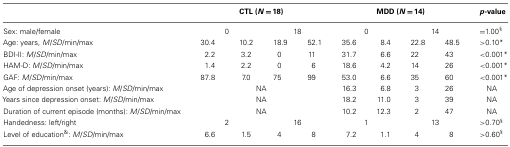
|  | <COLSPAN=4> CTL (N = 18) | <COLSPAN=4> MDD (N = 14) | p-value |
 | --- | --- | --- | --- | --- | --- | --- | --- | --- | --- |
 | Sex: male/female | <COLSPAN=2> 0 | <COLSPAN=2> 18 | <COLSPAN=2> 0 | <COLSPAN=2> 14 | =1.00§ |
 | Age: years, M/SD/min/max | 30.4 | 10.2 | 18.9 | 52.1 | 35.6 | 8.4 | 22.8 | 48.5 | >0.10* |
 | BDI-II: M/SD/min/max | 2.2 | 3.2 | 0 | 11 | 31.7 | 6.6 | 22 | 43 | <0.001* |
 | HAM-D: M/SD/min/max | 1.4 | 2.2 | 0 | 6 | 18.6 | 4.2 | 14 | 26 | <0.001* |
 | GAF: M/SD/min/max | 87.8 | 7.0 | 75 | 99 | 53.0 | 6.6 | 35 | 60 | <0.001* |
 | Age of depression onset (years): M/SD/min/max | <COLSPAN=4> NA | 16.3 | 6.8 | 3 | 26 | NA |
 | Years since depression onset: M/SD/min/max | <COLSPAN=4> NA | 18.2 | 11.0 | 3 | 39 | NA |
 | Duration of current episode (months): M/SD/min/max | <COLSPAN=4> NA | 10.2 | 12.3 | 2 | 47 | NA |
 | Handedness: left/right | <COLSPAN=2> 2 | <COLSPAN=2> 16 | <COLSPAN=2> 1 | <COLSPAN=2> 13 | >0.70§ |
 | Level of education&: M/SD/min/max | 6.6 | 1.5 | 4 | 8 | 7.2 | 1.1 | 4 | 8 | >0.60§ |